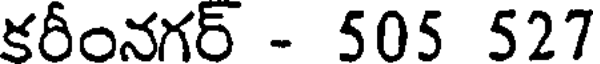
కరీంనగర్ - 505 527